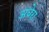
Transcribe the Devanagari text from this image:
अधेरा